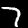
Label: 7